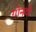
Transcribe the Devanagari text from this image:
गोनदो